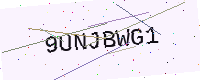
Text: 9UNJBWG1